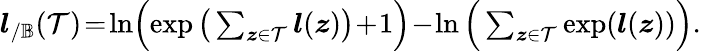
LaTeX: \begin{array}{r}{\boldsymbol{l}_{/\mathbb{B}}(\mathcal{T})\! =\! \ln\! \Big(\! \exp\big(\sum_{\boldsymbol{z}\in\mathcal{T}}\boldsymbol{l}(\boldsymbol{z})\big)\! +\! 1\Big)\! -\! \ln\Big(\sum_{\boldsymbol{z}\in\mathcal{T}}\exp(\boldsymbol{l}(\boldsymbol{z}))\Big).}\end{array}